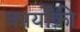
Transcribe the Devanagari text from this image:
कार्योंकी